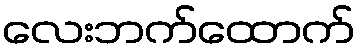
လေးဘက်ထောက်